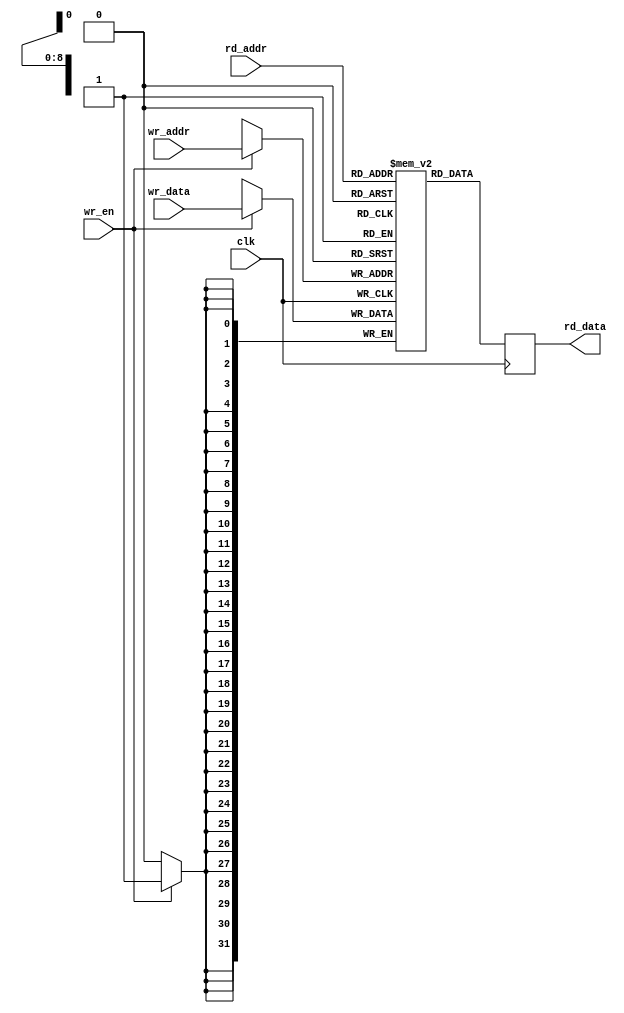
// created by Yi-Feng Chen
// Because Vivado has problem inferring block RAM from my design
// I have to write a block RAM description
`timescale 1ns / 1ps

module row_memory #(
    parameter integer MY_BUF_ADDR_WIDTH = 11
  )
  (
    input wire clk,
    input wire [MY_BUF_ADDR_WIDTH-3:0] rd_addr,
    input wire [MY_BUF_ADDR_WIDTH-3:0] wr_addr,
    input wire [31:0] wr_data,
    input wire wr_en,
    output reg [31:0] rd_data
  );
  
reg [31:0] mem [0:(2**MY_BUF_ADDR_WIDTH)/4-1];
always @(posedge clk) begin
  if (wr_en) mem[wr_addr] <= wr_data;
  rd_data <= mem[rd_addr];
end

endmodule //row_memory